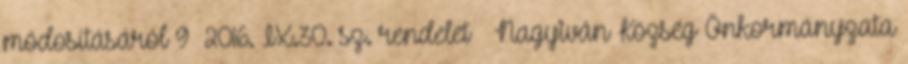
módosításáról 9 2016. IX.30. sz. rendelet – Nagyiván Község Önkormányzata